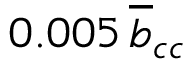
0 . 0 0 5 \, \overline { { b } } _ { c c }